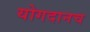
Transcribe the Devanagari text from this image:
योगदानच